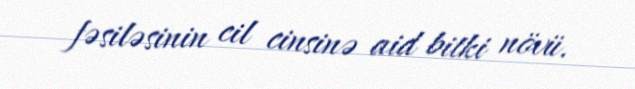
fəsiləsinin cil cinsinə aid bitki növü.